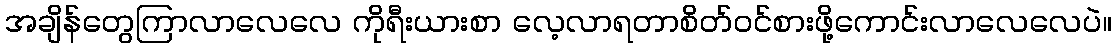
အချိန်တွေကြာလာလေလေ ကိုရီးယားစာ လေ့လာရတာစိတ်ဝင်စားဖို့ကောင်းလာလေလေပဲ။